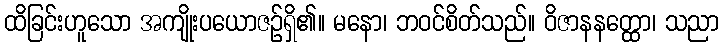
ထိခြင်းဟူသော အကျိုးပယောဇဉ်ရှိ၏။ မနော၊ ဘဝင်စိတ်သည်။ ဝိဇာနနတ္ထော၊ သညာ